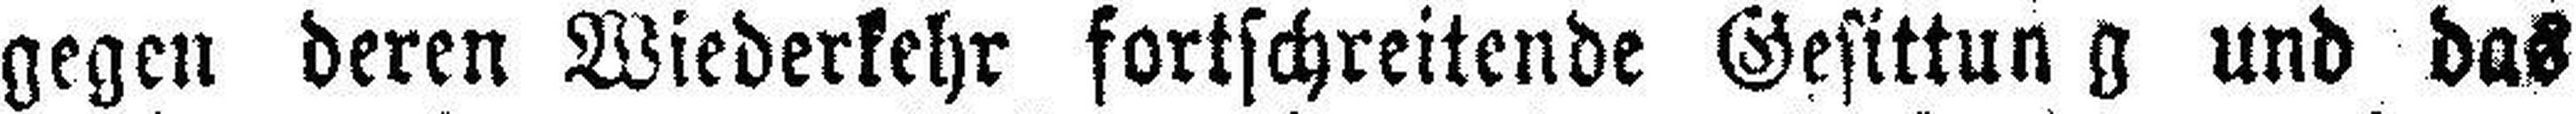
gegen deren Wiederkehr fortschreitende Gesittung und das